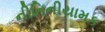
નીતિનીયામક